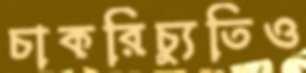
চাকরিচ্যুতিও